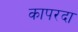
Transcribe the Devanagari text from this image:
कापरदा